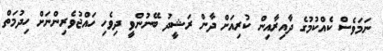
ނަމަވެސް ކެއްކުމުގެ ދާއިރާއިން ކުރިއަށް ދާން ރަޝީދު ބޭނުންވީ ދިވެހި ހައްޖުވެރިންނަށް ހިދުމަތް